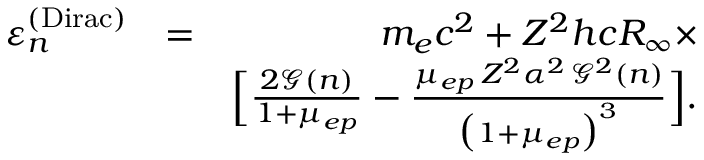
\begin{array} { r l r } { \varepsilon _ { n } ^ { \mathrm { ( D i r a c ) } } } & { = } & { m _ { e } c ^ { 2 } + Z ^ { 2 } h c R _ { \infty } \times } \\ & { } & { \Big [ \frac { 2 \mathcal { G } ( n ) } { 1 + \mu _ { e p } } - \frac { \mu _ { e p } \, Z ^ { 2 } \alpha ^ { 2 } \, \mathcal { G } ^ { 2 } ( n ) } { \big ( 1 + \mu _ { e p } \big ) ^ { 3 } } \Big ] . } \end{array}